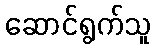
ဆောင်ရွက်သူ